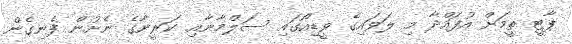
ޕާޓީ ތީމަށް އުފައްދާ މި ލަވައިގެ ވީޑިއޯގައި ސަލްމާނާއި ކަރީނާގެ ނެށުން ފެނިގެން